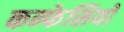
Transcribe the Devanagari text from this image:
कन्फेसियो